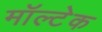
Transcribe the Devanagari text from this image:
मॉल्टेक